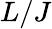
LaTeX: L/J